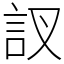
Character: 訍